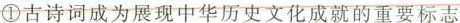
①古诗词成为展现中华历史文化成就的重要标志